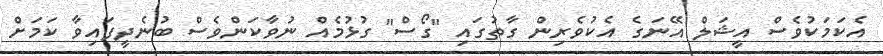
އެކަމަކުވެސް އީޝަލް އޭނަގެ އެކުވެރިން ގާތުގައި "ގޯސް" ގުޅުމެއް ނުވާކަންވެސް ބުނެދީފައިވާ ކަމަށް